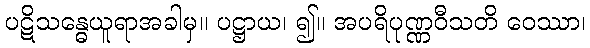
ပဋိသန္ဓေယူရာအခါမှ။ ပဋ္ဌာယ၊ ၍။ အပရိပုဏ္ဏဝီသတိ ဝေဿာ၊